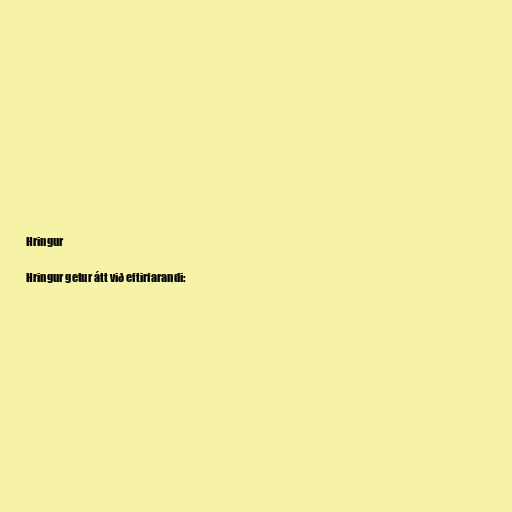
Hringur

Hringur getur átt við eftirfarandi: